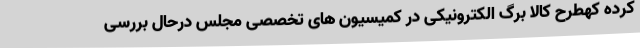
کرده کهطرح کالا برگ الکترونیکی در کمیسیون های تخصصی مجلس درحال بررسی